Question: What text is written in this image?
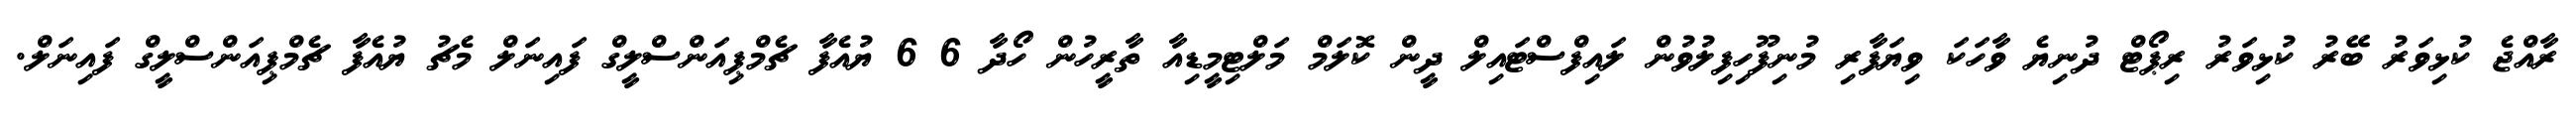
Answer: ރާއްޖެ ކުޅިވަރު ބޭރު ކުޅިވަރު ރިޕޯޓް ދުނިޔެ ވާހަކަ ވިޔަފާރި މުނިފޫހިފިލުވުން ލައިފްސްޓައިލް ދީން ކޮލަމް މަލްޓިމީޑިއާ ތާރީހުން ހޯދާ 6 6 ޔުއެފާ ޗެމްޕިއަންސްލީގް ފައިނަލް މެޗު ޔުއެފާ ޗެމްޕިއަންސްލީގް ފައިނަލް.